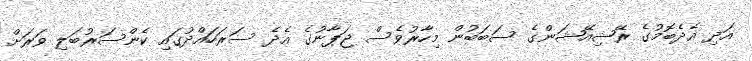
އަދި އެދެބޮމުގެ ރޭޝިއޭޝަންގެ ސަބަބުން މިހާރުވެސް ޖަޕާނުގެ އެދެ ސަރަހައްދުގައި ކެންސަރުބަލި ވަރަށް